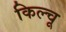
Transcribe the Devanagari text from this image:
किल्चू